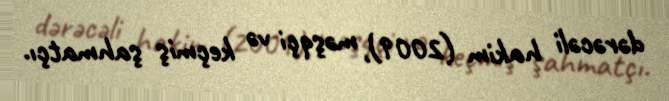
dərəcəli hakim (2009), məşqçi və keçmiş şahmatçı.